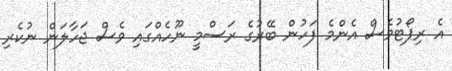
އެ ރިޕޯޓުވެސް އެންމެ ފަހުން ބޭރުގެ ރަސްމީ ނޫހެއްގައި ވެސް ޖަހާލަން ނުކެރި